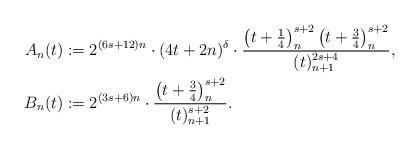
LaTeX: \begin{align*}A_n(t) &:= 2^{(6s+12)n} \cdot (4t+2n)^{\delta} \cdot \frac{\left(t+\frac{1}{4}\right)_{n}^{s+2}\left(t+\frac{3}{4}\right)_{n}^{s+2}}{(t)_{n+1}^{2s+4}}, \\B_n(t) &:= 2^{(3s+6)n} \cdot\frac{\left(t+\frac{3}{4}\right)_{n}^{s+2}}{(t)_{n+1}^{s+2}}. \end{align*}